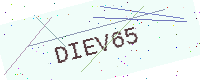
Text: DIEV65